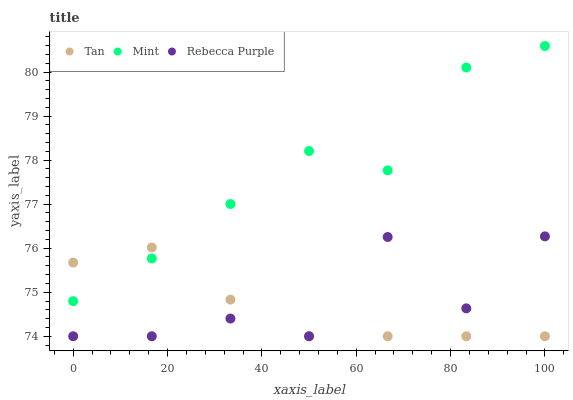
| xaxis_label | Tan | Mint | Rebecca Purple |
 | --- | --- | --- | --- |
 | 0 | 75.7 | 74.8 | 74 |
 | 16.7 | 76 | 75.8 | 74 |
 | 33.3 | 74.8 | 77 | 74.4 |
 | 50 | 74 | 78.2 | 74 |
 | 66.7 | 74 | 77.8 | 76.3 |
 | 83.3 | 74 | 80.1 | 74.6 |
 | 100 | 74 | 80.6 | 76.3 |